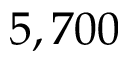
5 , 7 0 0